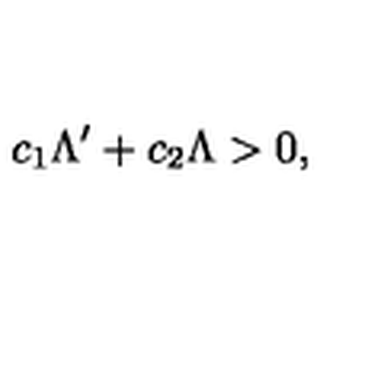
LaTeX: c _ { 1 } \Lambda ^ { \prime } + c _ { 2 } \Lambda > 0 ,